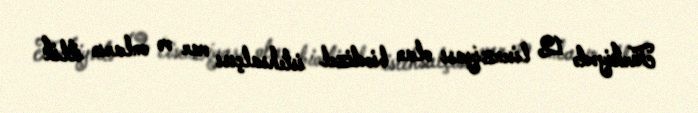
Türkiyədə 12 lisenziyası olan biodizel istehsalçısı var və onların illik